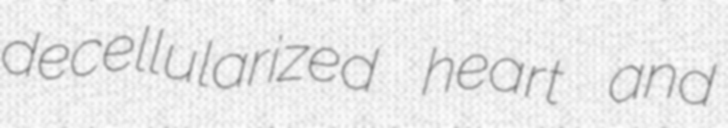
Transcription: decellularized heart and